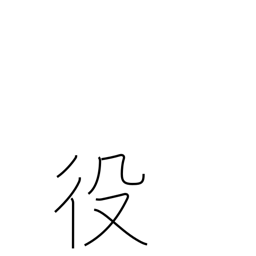
Meaning: service